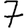
Digit: 7